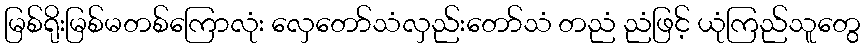
မြစ်ရိုးမြစ်မတစ်ကြောလုံး လှေတော်သံလှည်းတော်သံ တညံ ညံဖြင့် ယုံကြည်သူတွေ